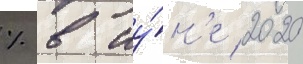
% в иу́н'е 2020